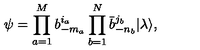
\psi = \prod _ { a = 1 } ^ { M } b _ { - m _ { a } } ^ { i _ { a } } \prod _ { b = 1 } ^ { N } \bar { b } _ { - n _ { b } } ^ { j _ { b } } | \lambda \rangle ,